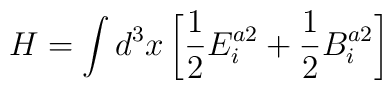
H= \int d^{3}x \left[{1\over 2}E^{a2}_i+{1\over 2}B^{a2}_i\right]